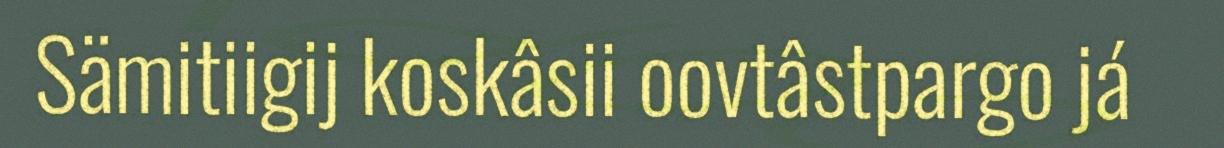
Sämitiigij koskâsii oovtâstpargo já